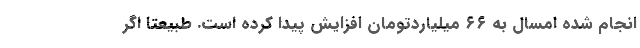
انجام شده امسال به ۶۶ میلیاردتومان افزایش پیدا کرده است. طبیعتا اگر